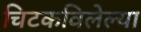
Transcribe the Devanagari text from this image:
चिटकविलेल्या